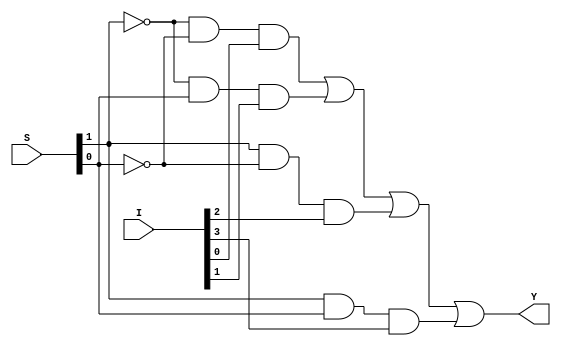
module multiplexer_4_to_1_df_v(S, I, Y);
    input [1:0] S;
    input [3:0] I;
    output Y;

    assign Y = (~ S[1] & ~S[0] & I[0]) | (~S[1] & S[0] & I[1]) | (S[1] & ~S[0] & I[2]) | (S[1] & S[0] & I[3]);
    endmodule